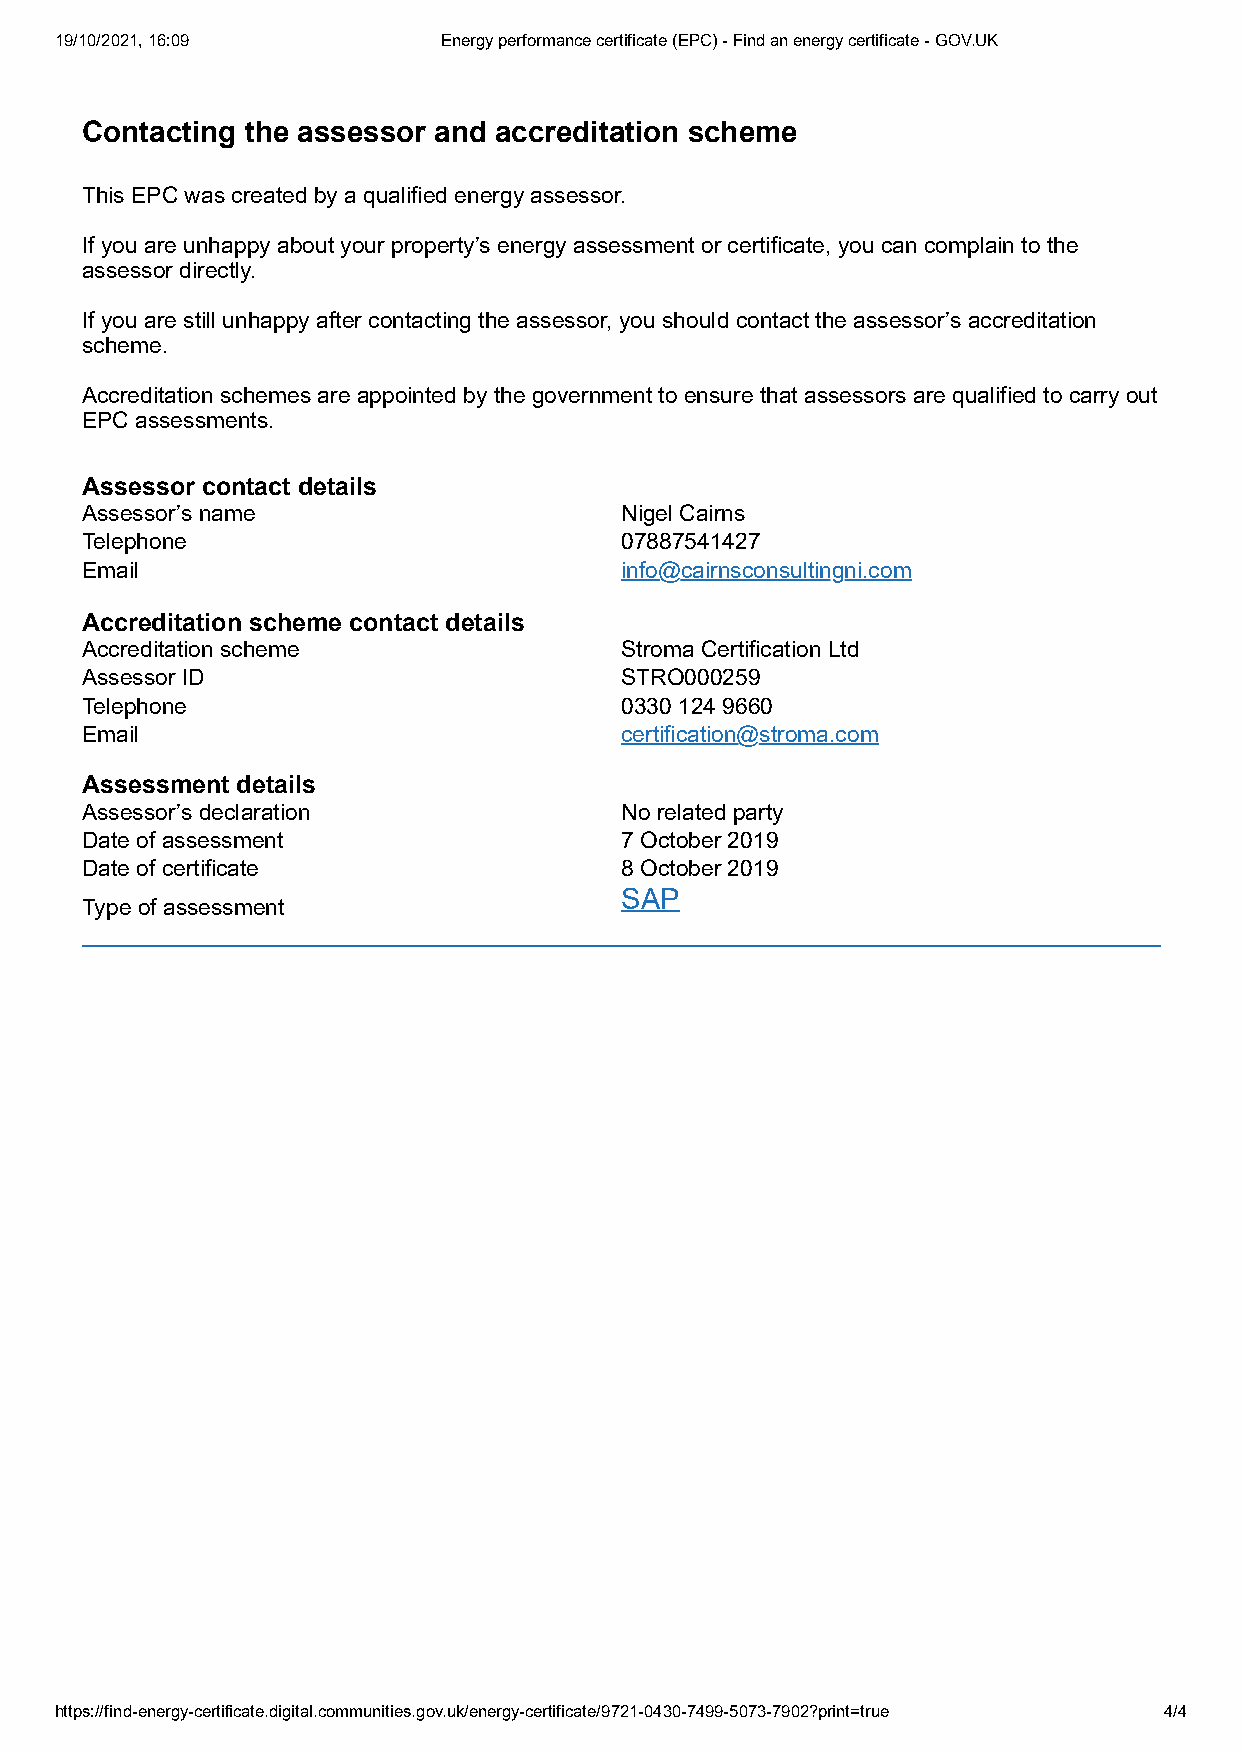
19/10/2021, 16:09        Energy performance certificate (EPC) - Find an energy certificate - GOV.UK
 Contacting the assessor and accreditation scheme
 This EPC was created by a qualified energy assessor.
 If you are unhappy about your property’s energy assessment or certificate, you can complain to the
 assessor directly.
 If you are still unhappy after contacting the assessor, you should contact the assessor’s accreditation
 scheme.
 Accreditation schemes are appointed by the government to ensure that assessors are qualified to carry out
 EPC assessments.
 Assessor contact details
 Assessor’s name                     Nigel Cairns
 Telephone                           07887541427
 Email                               info@cairnsconsultingni.com
 Accreditation scheme contact details
 Accreditation scheme                Stroma Certification Ltd
 Assessor ID                         STRO000259
 Telephone                           0330 124 9660
 Email                               certification@stroma.com
 Assessment details
 Assessor’s declaration              No related party
 Date of assessment                  7 October 2019
 Date of certificate                 8 October 2019
 SAP
 Type of assessment
 https://find-energy-certificate.digital.communities.gov.uk/energy-certificate/9721-0430-7499-5073-7902?print=true 4/4